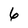
Character: 6